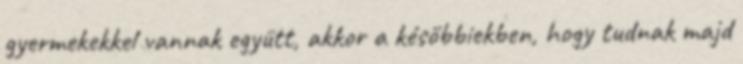
gyermekekkel vannak együtt, akkor a későbbiekben, hogy tudnak majd